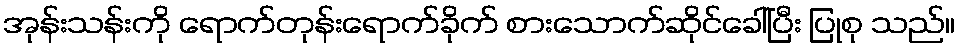
အုန်းသန်းကို ရောက်တုန်းရောက်ခိုက် စားသောက်ဆိုင်ခေါ်ပြီး ပြုစု သည်။